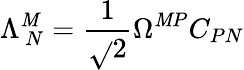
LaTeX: \Lambda_{\, N}^{\mathit{M}}=\frac{{1}}{{\sqrt{}{{2}}}}\Omega^{\mathit{M}P}C_{PN}